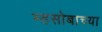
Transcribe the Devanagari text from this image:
म्हसोबाच्या